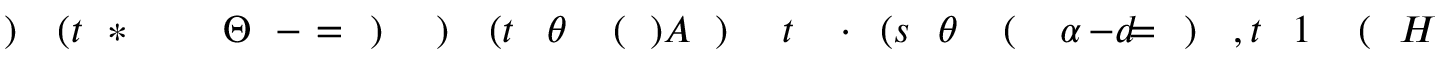
H \! \! \! \! \! \! \! \! \! \! \! \! ( \! \! \! \! \! \! \! \! \! \! \! \! 1 \! \! \! \! \! \! \! \! \! \! \! \! , t \! \! \! \! \! \! \! \! \! \! \! \! ) \! \! \! \! \! \! \! \! \! \! \! \! = \! \! \! \! \! \! \! \! \! \! \! \! - d \! \! \! \! \! \! \! \! \! \! \! \! \alpha \! \! \! \! \! \! \! \! \! \! \! \! ( \! \! \! \! \! \! \! \! \! \! \! \! \theta \! \! \! \! \! \! \! \! \! \! \! \! ( s \! \! \! \! \! \! \! \! \! \! \! \! \cdot \! \! \! \! \! \! \! \! \! \! \! \! t \! \! \! \! \! \! \! \! \! \! \! \! ) \! \! \! \! \! \! \! \! \! \! \! \! ) A \! \! \! \! \! \! \! \! \! \! \! \! ( \! \! \! \! \! \! \! \! \! \! \! \! \theta \! \! \! \! \! \! \! \! \! \! \! \! ( t \! \! \! \! \! \! \! \! \! \! \! \! ) \! \! \! \! \! \! \! \! \! \! \! \! ) \! \! \! \! \! \! \! \! \! \! \! \! = \! \! \! \! \! \! \! \! \! \! \! \! - \! \! \! \! \! \! \! \! \! \! \! \! \Theta \! \! \! \! \! \! \! \! \! \! \! \! ^ { \! } \! \! \! \! \! \! \! \! \! \! \! * \! \! \! \! \! \! \! \! \! \! \! \! ( t \! \! \! \! \! \! \! \! \! \! \! \! ) \! \! \! \! \! \! \! \! \! \! \!